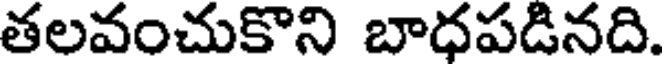
తలవంచుకొని బాధపడినది.